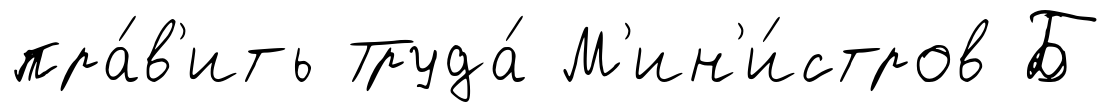
пра́в'ить Труда́ М'ин'и́стров Б